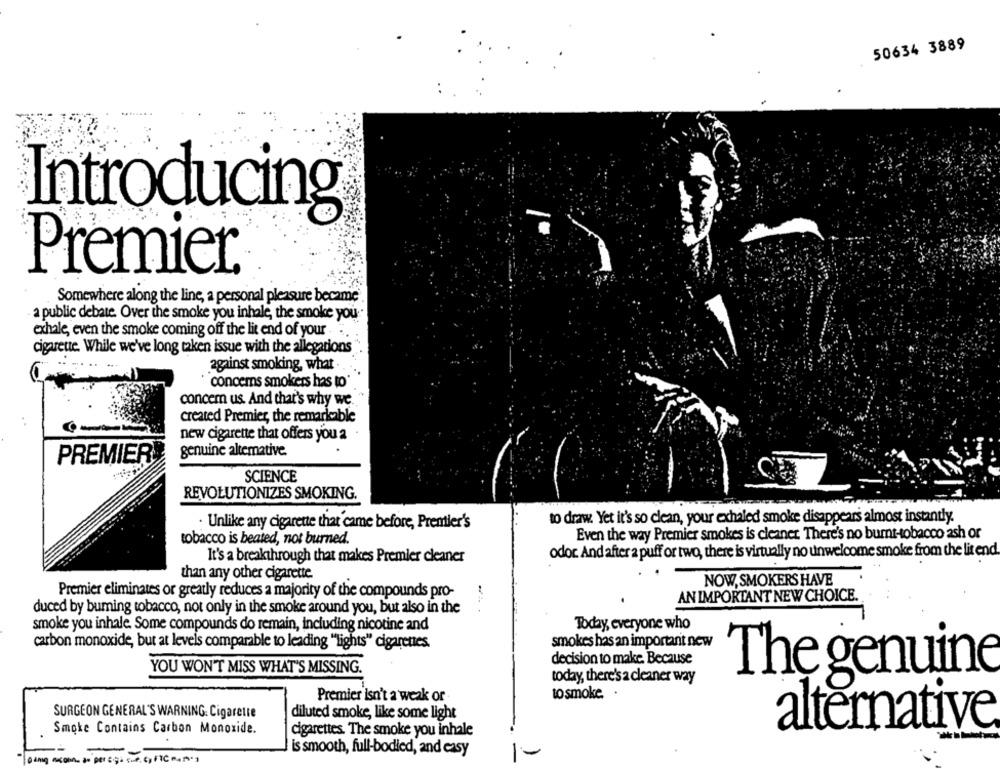
50634 3889
Introducing
Premier®
Somewhere along the line, a personal pleasure became
a public debate. Over the smoke you inhale, the smoke you
exhale, even the smoke coming off the lit end of your
cigarette. While we've long taken issue with the allegations
against smoking, what
concerns smokers has to
concem us. And that's why we.
created Premier, the remarkable
new cigarette that offers you a
genuine altemative.
PREMIER
SCIENCE
REVOLUTIONIZES SMOKING.
to draw. Yet it's so clean, your exhaled smoke disappears almost instantly.
Unlike any cigarette that came before, Prentier's
Even the way Premier smokes is cleaner. There's no burnt-tobacco ash or
tobacco is beated, not burned.
odor. And after 2 puff or two, there is virtually no unwelcome smoke from the lit end.
It's a breakthrough that makes Premier cleaner
than any other cigarette.
NOW, SMOKERS HAVE
Premier eliminates or greatly reduces a majority of the compounds pro-
AN IMPORTANT NEW CHOICE.
duced by buming tobacco, not only in the smoke around you, but also in the
smoke you inhale. Some compounds do remain, including nicotine and
Today, everyone who
carbon monoxide, but at levels comparable to leading "lights" cigarettes.
smokes has an important new
decision to make. Because
YOU WON'T MISS WHAT'S MISSING.
The genuine
today, there's a cleaner way
Premier isn't a weak or
to smoke.
SURGEON GENERAL'S WARNING: Cigarette
diluted smoke, like some light
Smoke Contains Carbon Monoxide.
alternative
cigarettes. The smoke you inhale
is smooth, full-bodied, and easy
-